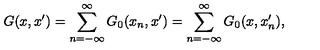
G ( x , x ^ { \prime } ) = \sum _ { n = - \infty } ^ { \infty } G _ { 0 } ( x _ { n } , x ^ { \prime } ) = \sum _ { n = - \infty } ^ { \infty } G _ { 0 } ( x , x _ { n } ^ { \prime } ) ,